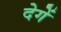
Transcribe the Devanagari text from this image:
देगेें